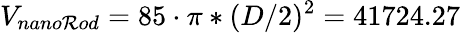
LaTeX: V_{nano\mathcal{R}od}=85\cdot\pi*(D/2)^{2}=41724.27